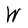
Character: W